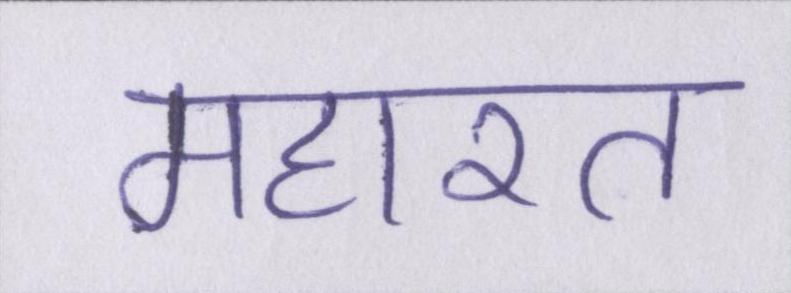
महारत